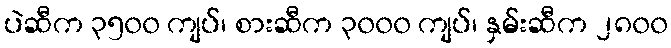
ပဲဆီက ၃၅၀၀ ကျပ်၊ စားဆီက ၃၀၀၀ ကျပ်၊ နှမ်းဆီက ၂၈၀၀